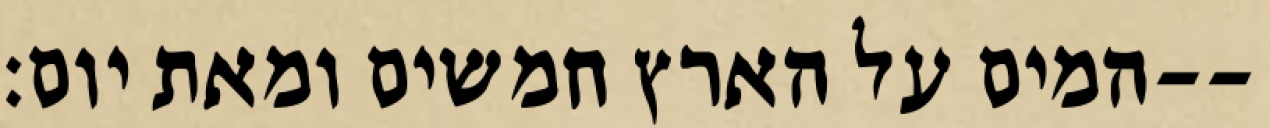
המים על הארץ חמשים ומאת יום׃--